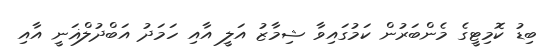
ބިޑު ކޮމިޓީގެ މެންބަރުން ކަމުގައިވާ ޝިމާޒު އަލީ އާއި ހަމަދު އަބްދުލްޣަނީ އާއި